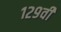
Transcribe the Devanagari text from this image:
१२९वी